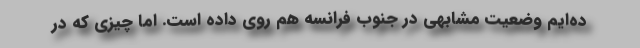
ده‌ایم وضعیت مشابهی در جنوب فرانسه هم روی داده است. اما چیزی که در